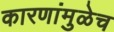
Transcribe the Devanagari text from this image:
कारणांमुळेच